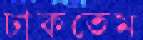
ঢাকতেম